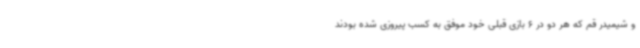
و شیمیدر قم که هر دو در 6 بازی قبلی خود موفق به کسب پیروزی شده بودند